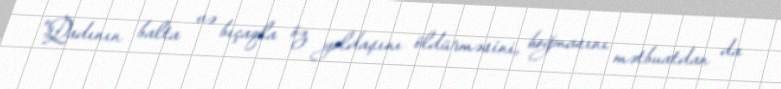
"Qadının balta və bıçaqla öz yoldaşını öldürməsini, boğmasını mətbuatdan da